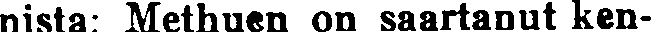
nista: Methuen on saartanut ken-